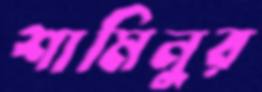
শামিনুর